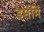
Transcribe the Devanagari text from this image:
इसीमें